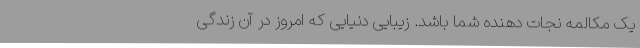
یک مکالمه نجات دهنده شما باشد. زیبایی دنیایی که امروز در آن زندگی